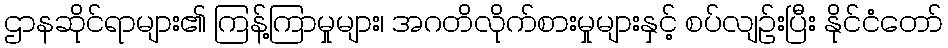
ဌာနဆိုင်ရာများ၏ ကြန့်ကြာမှုများ၊ အဂတိလိုက်စားမှုများနှင့် စပ်လျဉ်းပြီး နိုင်ငံတော်